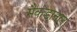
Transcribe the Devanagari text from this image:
मैकडानल